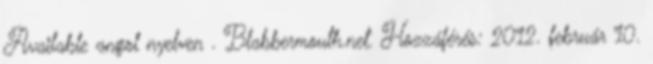
Available angol nyelven . Blabbermouth.net. Hozzáférés: 2012. február 10.